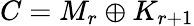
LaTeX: C=M_{r}\oplus K_{r+1}